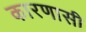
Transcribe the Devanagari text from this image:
कारणासी